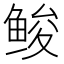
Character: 𱇳